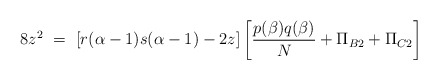
\begin{align*}8 z^2 ~=~ [r(\alpha-1) s(\alpha-1) - 2z] \left[ \frac{p(\beta)q(\beta)}{N}+ \Pi_{B2} + \Pi_{C2} \right]\end{align*}